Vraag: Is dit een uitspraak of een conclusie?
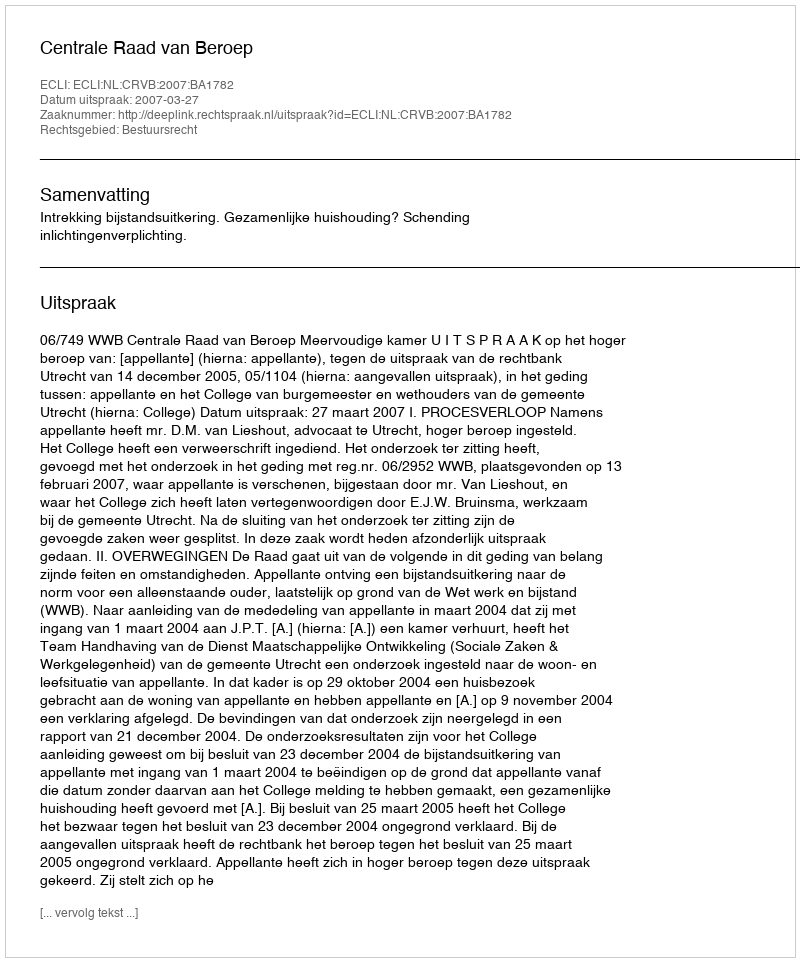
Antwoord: Uitspraak